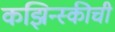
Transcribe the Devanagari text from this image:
कझिन्स्कीची